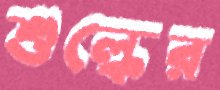
শুল্কের